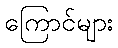
ကြောင်များ